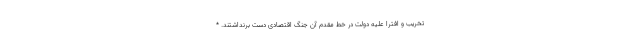
تخریب و افترا علیه دولت در خط مقدم آن جنگ اقتصادی دست برنداشتند. *